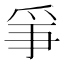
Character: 𤔇